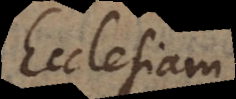
Ecclesiam,